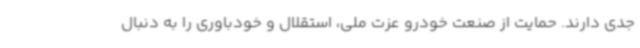
جدی دارند. حمایت از صنعت خودرو عزت ملی، استقلال و خودباوری را به دنبال